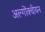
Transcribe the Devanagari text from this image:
अल्गोंक्वीयन